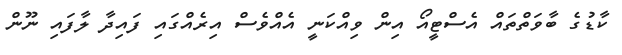
ކާޑުގެ ބާވަތްތައް އެސްޓީއޯ އިން ވިއްކަނީ އެއްވެސް އިރެއްގައި ފައިދާ ލާފައި ނޫން